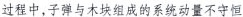
过程中，子弹与木块组成的系统动量不守恒